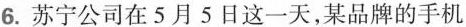
6.苏宁公司在5月5日这一天，某品牌的手机